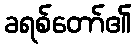
ခရစ်တော်၏